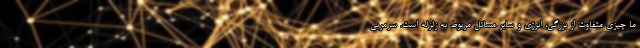
ما چیزی متفاوت از بزرگی، انرژی و سایر مسائل مربوط به زلزله است. سرمربی